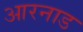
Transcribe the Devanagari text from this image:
आरनाड